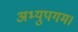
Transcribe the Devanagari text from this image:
अभ्युपगम।